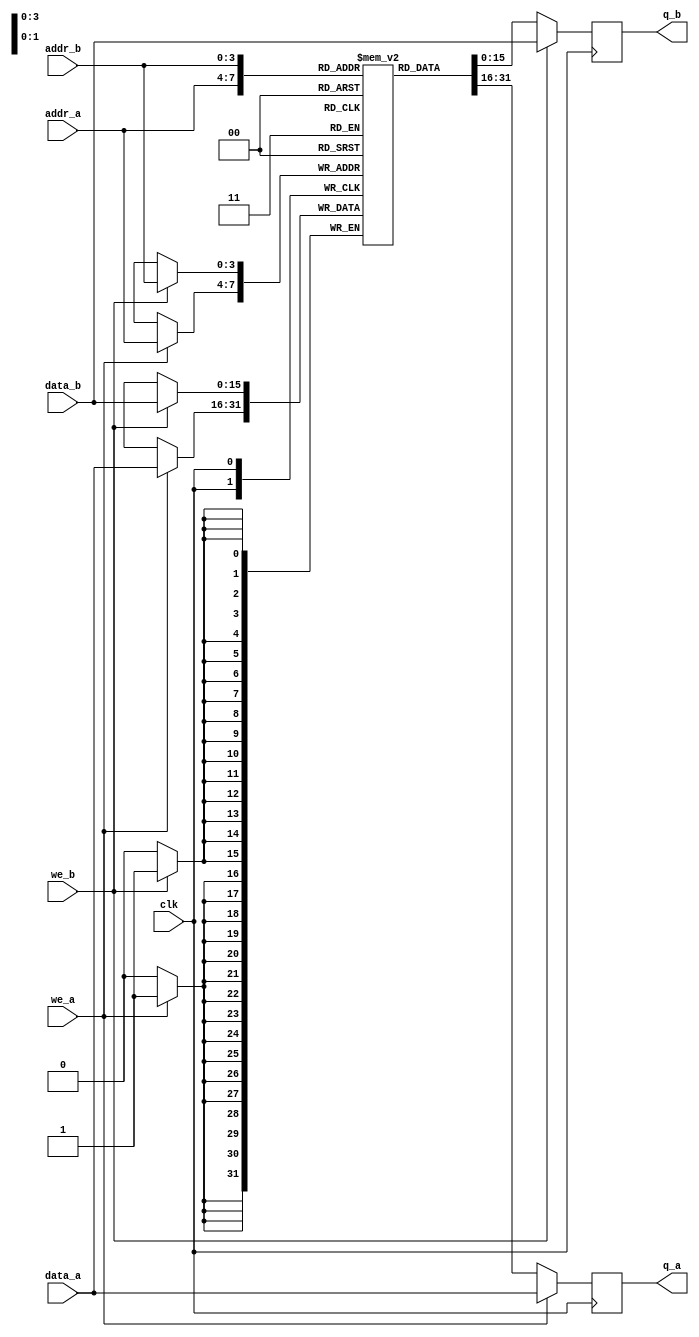
module true_dual_port_ram_single_clock
(
	input [(DATA_WIDTH-1):0] data_a, data_b,
	input [(ADDR_WIDTH-1):0] addr_a, addr_b,
	input we_a, we_b, clk,
	output reg [(DATA_WIDTH-1):0] q_a, q_b
);

	parameter DATA_WIDTH = 16;
	parameter ADDR_WIDTH = 4;

	// Declare the RAM variable
	reg [DATA_WIDTH-1:0] ram[2**ADDR_WIDTH-1:0];

	// Port A 
	always @ (posedge clk)
	begin
		if (we_a) 
		begin
			ram[addr_a] <= data_a;
			q_a <= data_a;
		end
		else 
		begin
			q_a <= ram[addr_a];
		end 
	end 

	// Port B 
	always @ (posedge clk)
	begin
		if (we_b) 
		begin
			ram[addr_b] <= data_b;
			q_b <= data_b;
		end
		else 
		begin
			q_b <= ram[addr_b];
		end 
	end

endmodule